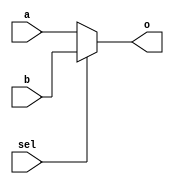
`timescale 1ns / 1ps
//////////////////////////////////////////////////////////////////////////////////
// Company: 
// Engineer: 
// 
// Design Name: 
// Module Name:    mux2_16b 
// Project Name: 
// Target Devices: 
// Tool versions: 
// Description: 
//
// Dependencies: N/A
//
// Revision: 
// Revision 0.01 - File Created
// Additional Comments: 
//
//////////////////////////////////////////////////////////////////////////////////
module mux2_16b(
   input [15:0] a,
   input [15:0] b,
   input sel,
   output [15:0] o
	);
	
	//0 -> a, 1 -> b
	assign o = sel ? b : a;
	
endmodule